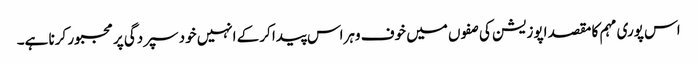
اس پوری مہم کا مقصد اپوزیشن کی صفوں میں خوف وہراس پیدا کرکے انہیں خود سپردگی پر مجبور کرنا ہے۔